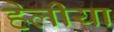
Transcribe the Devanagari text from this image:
हेलीया